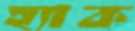
হ্যাক